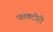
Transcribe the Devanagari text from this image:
फाक्टोरी